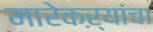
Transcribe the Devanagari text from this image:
मारेकऱ्यांचा